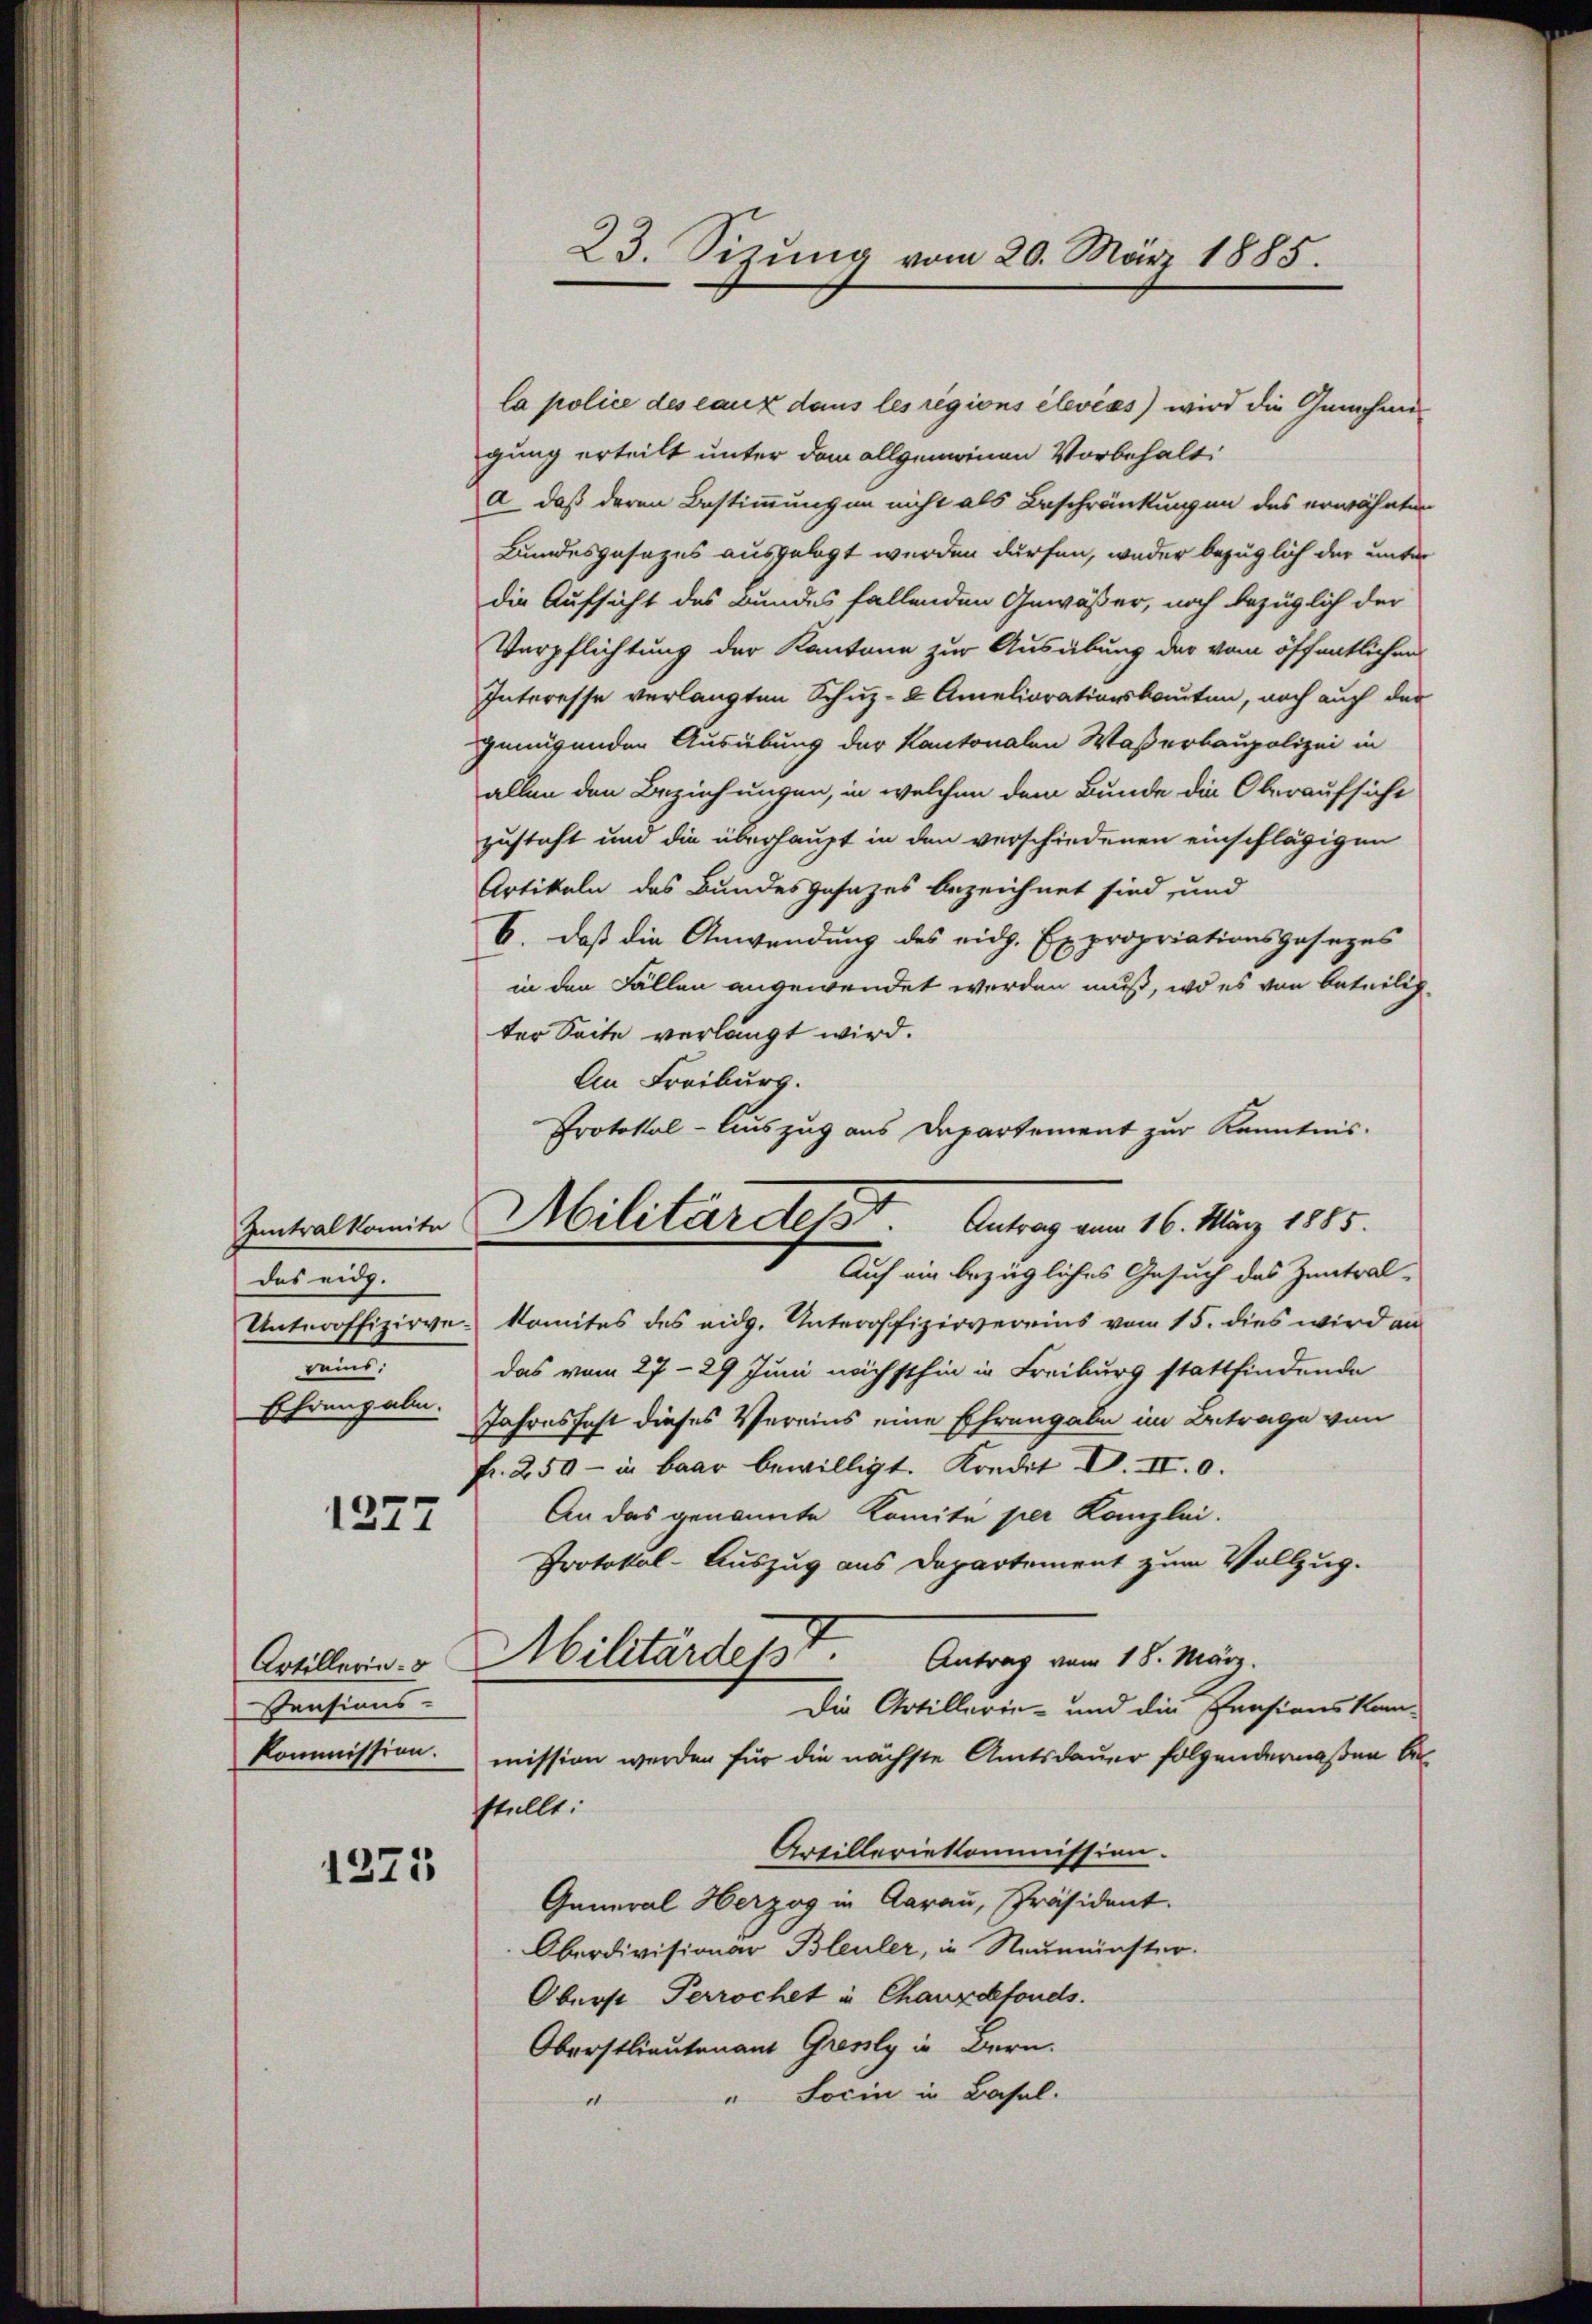
Zentralkomite
das eidg.
Unteroffizirvereins, |

1277

Artillerin.
Pensions-
kommission.

1275

23. Sitzung vom 20. März 1885

Protokol-Auszug aus Departement zur Kenntnis-
Militärdest. Antrag vom 16. März 1885.

la police des eaux dans les regions élevéss) wird die Genehmigung erteilt unter dem allgemeinen Vorbehalti
a. daß deren Bestimmungen nicht als Beschränkungen des erwähnten
Bundesgesezes ausgelegt werden dürfen, weder bezüglich der unter
die Aufsicht des Bundes fallenden Gewäßer, noch bezüglich der
Verpflichtung der Kantone zur Ausübung der vom öffentlichen
Interesse verlangten Schuz-8 Ameliorationsbauten, noch auch der
genügenden Ausübung der Kantonalen Waßerbaupolizei in
allen den Beziehungen, in welchen dem Bunde die Oberaufsicht
zusteht und die überhaupt in den verschiedenen einschlägigen
Artikeln das Bundesgesezes bezeichnet sind, und
6. daß die Anwendung des eidg. Expropriationsgesezes
in den Fällen angewendet werden muß, wo es von beteilig-
ter Seite verlangt wird.
An Freiburg.
Auf ein bezügliches Gesuch das Zentral-
komites des eidg. Unteroffizirvereins vom 15. dies wird an
das vom 27. 29 Juni nächsthin in Freiburg stattfindende
Ehrengabe. Jahresfest dieses Vereins eine Ehrengabe im Betrage von
fr. 250 - in Baar bewilligt. Kondit D. II. 0.
An das genannte Komité per Kanzlei.
Protokol-Auszug aus Departement zum Vollzug.
Militärdesst
Antrag vom 18. März.
Die Artillerin- und die Pensionskammission werden für die nächste Amtsdauer folgendermaßen be
sstellt.
Artilleriekommission.
General Herzog in Aarau, Präsident.
Oberdivisionar Bleuler, in Neumünster.
Oberst Perrochet in Chauxdefonds.
Oberstlieutenant Gresly in Bern.
" Socin in Basel.
1